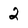
Character: 2